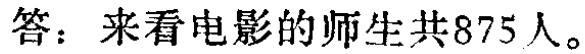
答：来看电影的师生共875人。